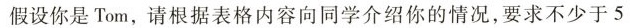
假设你是Tom,请根据表格内容向同学介绍你的情况，要求不少于5